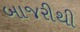
બાજરીથી